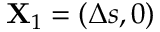
\mathbf { X } _ { 1 } = ( \Delta { s } , 0 )